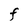
Character: F